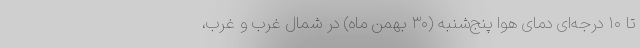
تا ۱۰ درجه‌ای دمای هوا پنج‌شنبه (۳۰ بهمن ماه) در شمال غرب و غرب،‌